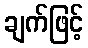
ချက်ဖြင့်